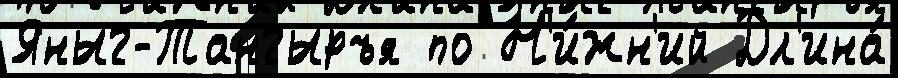
Яныг-Тангыръя по Н'и́жн'ий Дл'ина́